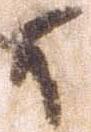
可